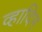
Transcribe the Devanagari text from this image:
व्हादिम